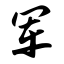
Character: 军